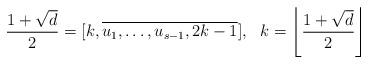
LaTeX: \begin{align*}\frac{1+\sqrt{d}}2=[k, \overline{u_1,\dots,u_{s-1},2k-1}],\ \ k=\left\lfloor \frac{1+\sqrt{d}}2\right\rfloor\end{align*}